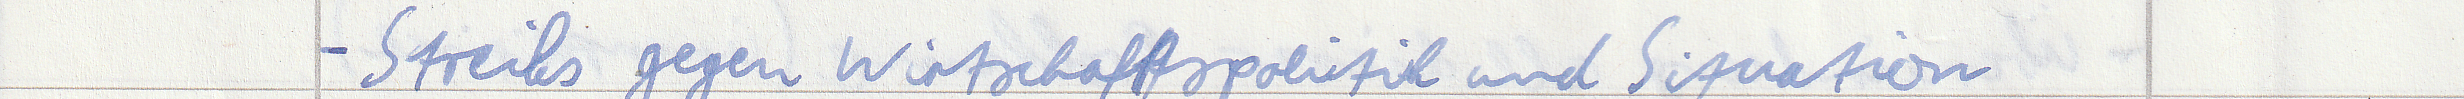
- Streiks gegen Wirtschaftspolitik und Situation